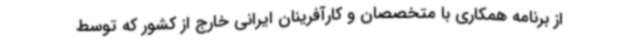
از برنامه همکاری با متخصصان و کارآفرینان ایرانی خارج از کشور که توسط